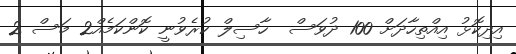
އިދިކޮޅު އިއްތިހާދަށް 100 ދުވަސް  ހާސިލް ކުރެވުނީ ކޮންކަމެއް2 މަސް 2